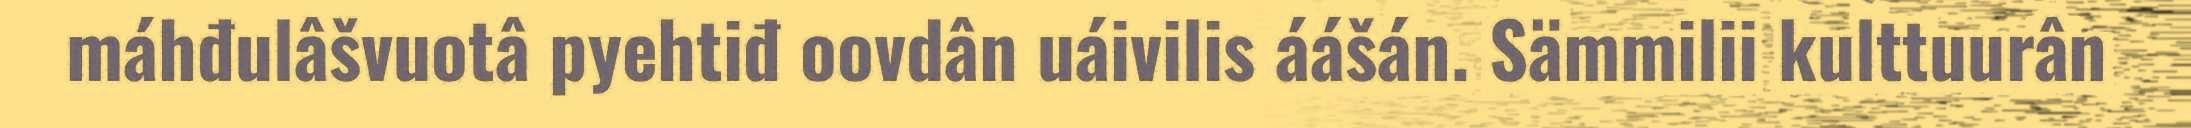
máhđulâšvuotâ pyehtiđ oovdân uáivilis áášán. Sämmilii kulttuurân